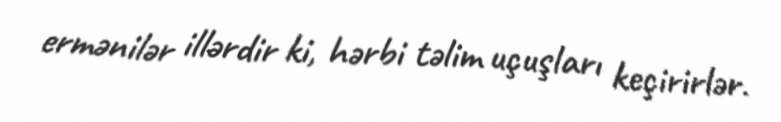
ermənilər illərdir ki, hərbi təlim uçuşları keçirirlər.